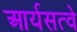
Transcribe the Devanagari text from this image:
आर्यसत्वे